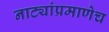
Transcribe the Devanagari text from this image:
नाट्यांप्रमाणेच